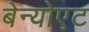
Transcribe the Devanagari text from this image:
बेन्योएट